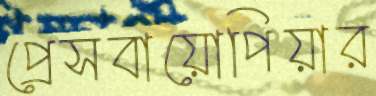
প্রেসবায়োপিয়ার